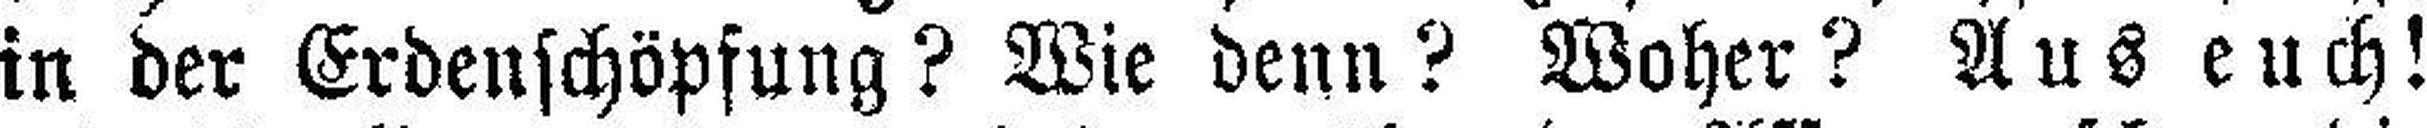
in der Erdenschöpfung? Wie denn? Woher? Auseuch!